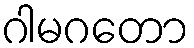
ဂါမဂတော